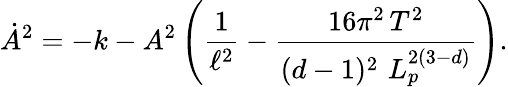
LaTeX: \dot{A}^{2}=-k-A^{2}\left(\frac{1}{\ell^{2}}-\frac{16\pi^{2}\, T^{2}}{(d-1)^{2}\, \, L_{p}^{2(3-d)}}\right).